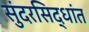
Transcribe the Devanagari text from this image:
सुंदरसिद्धांत